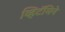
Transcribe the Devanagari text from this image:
व्हिटॅमिने